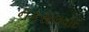
નકસલવાદ